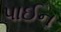
પાઈન